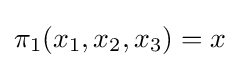
\pi _{1}(x_{1},x_{2},x_{3})=x